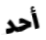
أحد